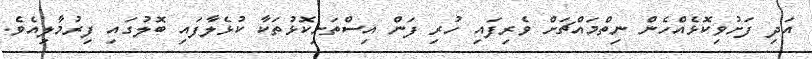
އަދި ފަށުވިކޮޅެއްހެން ނިތްމައްޗަށް ވެރިފައި ހުރި ފަން އިސްތަށިކޮޅުތަކާ ކުޅެލާފައި ބޮލުގައި ފިރުމާލިއެވެ.